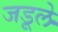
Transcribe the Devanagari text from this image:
जडूले